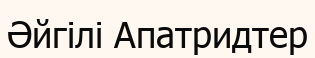
Әйгілі Апатридтер